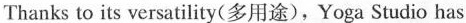
Thanks o is versatility(多用途),Yoga Studio has